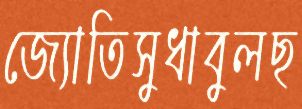
জ্যোতিসুধাবুলছ